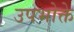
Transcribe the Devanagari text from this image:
उपभोक्ते